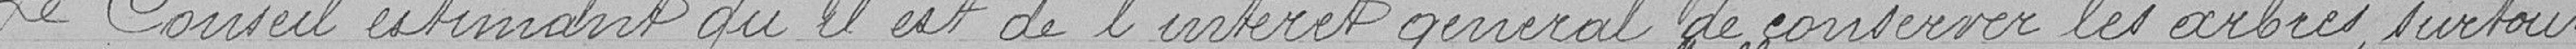
Le Conseil estimant qu'il est de l'intérêt général de conserver les arbres, surtout